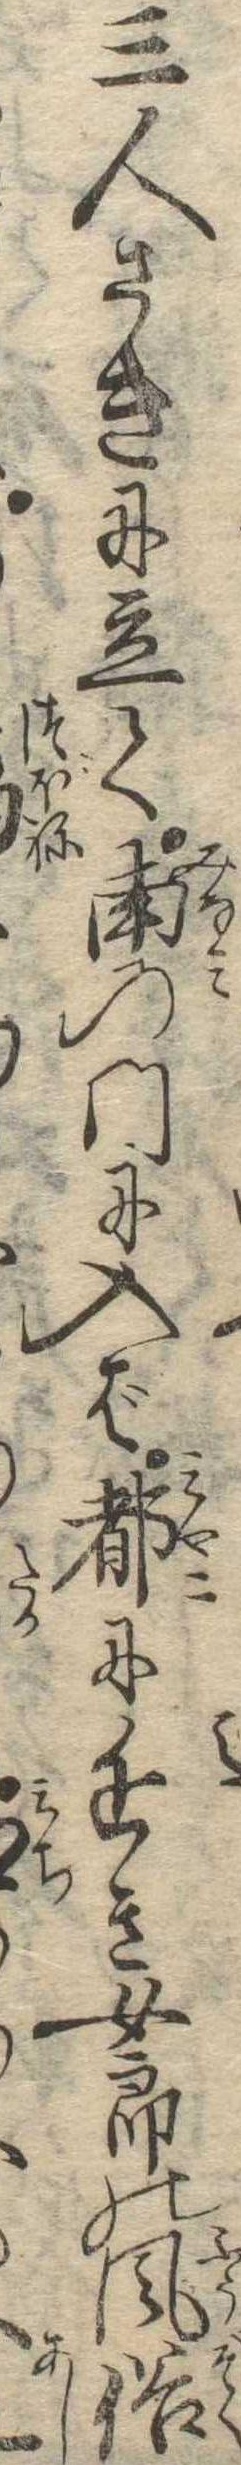
三人さきに立て南の門に入ば都に近き女郎の風俗